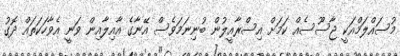
މުސައްލަމްއަކީ ޖާސޫސެއް ކަމަށް އިސްރާއީލުން ބުނިނަމަވެސް އޭނާގެ އާއިލާއިން ވަނީ އެވާހަކަތައް ދޮގު